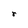
Character: r